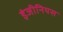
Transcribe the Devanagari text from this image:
इंजीनियस